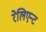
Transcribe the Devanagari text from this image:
रेलिएन्ट